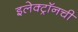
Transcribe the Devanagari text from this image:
इलेक्ट्राॅनची